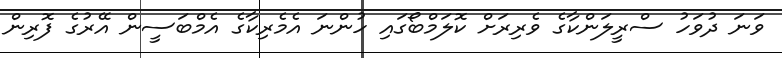
ވަނަ ދުވަހު ސްރީލަންކާގެ ވެރިރަށް ކޮލަމްބޯގައި ހުންނަ އެމެރިކާގެ އެމްބަސީން އޭރުގެ ފޮރިން